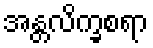
အန္တလိက္ခစရာ